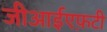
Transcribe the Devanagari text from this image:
जीआईएफ़टी